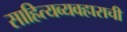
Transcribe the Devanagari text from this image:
साहित्यव्यवहाराची